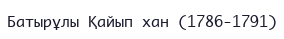
Батырұлы Қайып хан (1786-1791)